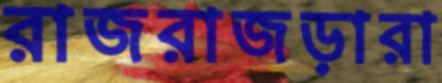
রাজরাজড়ারা